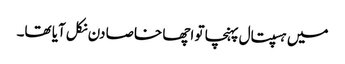
میں ہسپتال پہنچا تو اچھا خاصا دن نکل آیا تھا۔